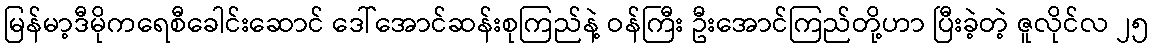
မြန်မာ့ဒီမိုကရေစီခေါင်းဆောင် ဒေါ်အောင်ဆန်းစုကြည်နဲ့ ဝန်ကြီး ဦးအောင်ကြည်တို့ဟာ ပြီးခဲ့တဲ့ ဇူလိုင်လ ၂၅